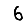
Digit: 6